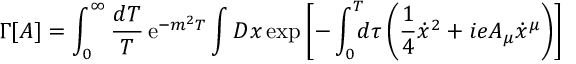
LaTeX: \Gamma \lbrack A \rbrack = \int _ { 0 } ^ { \infty } { \frac { d T } { T } } \, \mathrm { e } ^ { - m ^ { 2 } T } \int { \cal D } x \, \mathrm { e x p } \left[ - \int _ { 0 } ^ { T } \! \! \! d \tau \left( { \frac { 1 } { 4 } } { \dot { x } } ^ { 2 } + i e A _ { \mu } \dot { x } ^ { \mu } \right) \right]